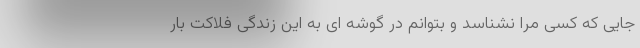
جایی که کسی مرا نشناسد و بتوانم در گوشه ای به این زندگی فلاکت بار